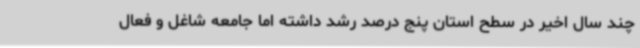
چند سال اخیر در سطح استان پنج درصد رشد داشته اما جامعه شاغل و فعال